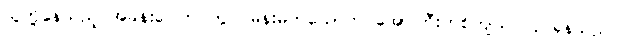
သူတို့နေသည့် အခန်းပေါက်ဝတွင် မိန်းမတယောက် အော်ကြီးဟစ်ကျယ် လုပ်နေသည်။